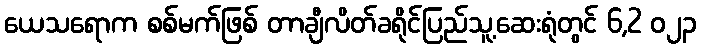
ယေသရောက စစ်မက်ဖြစ် တာချီလိတ်ခရိုင်ပြည်သူ့ဆေးရုံတွင် 6,2 ၀၂၃